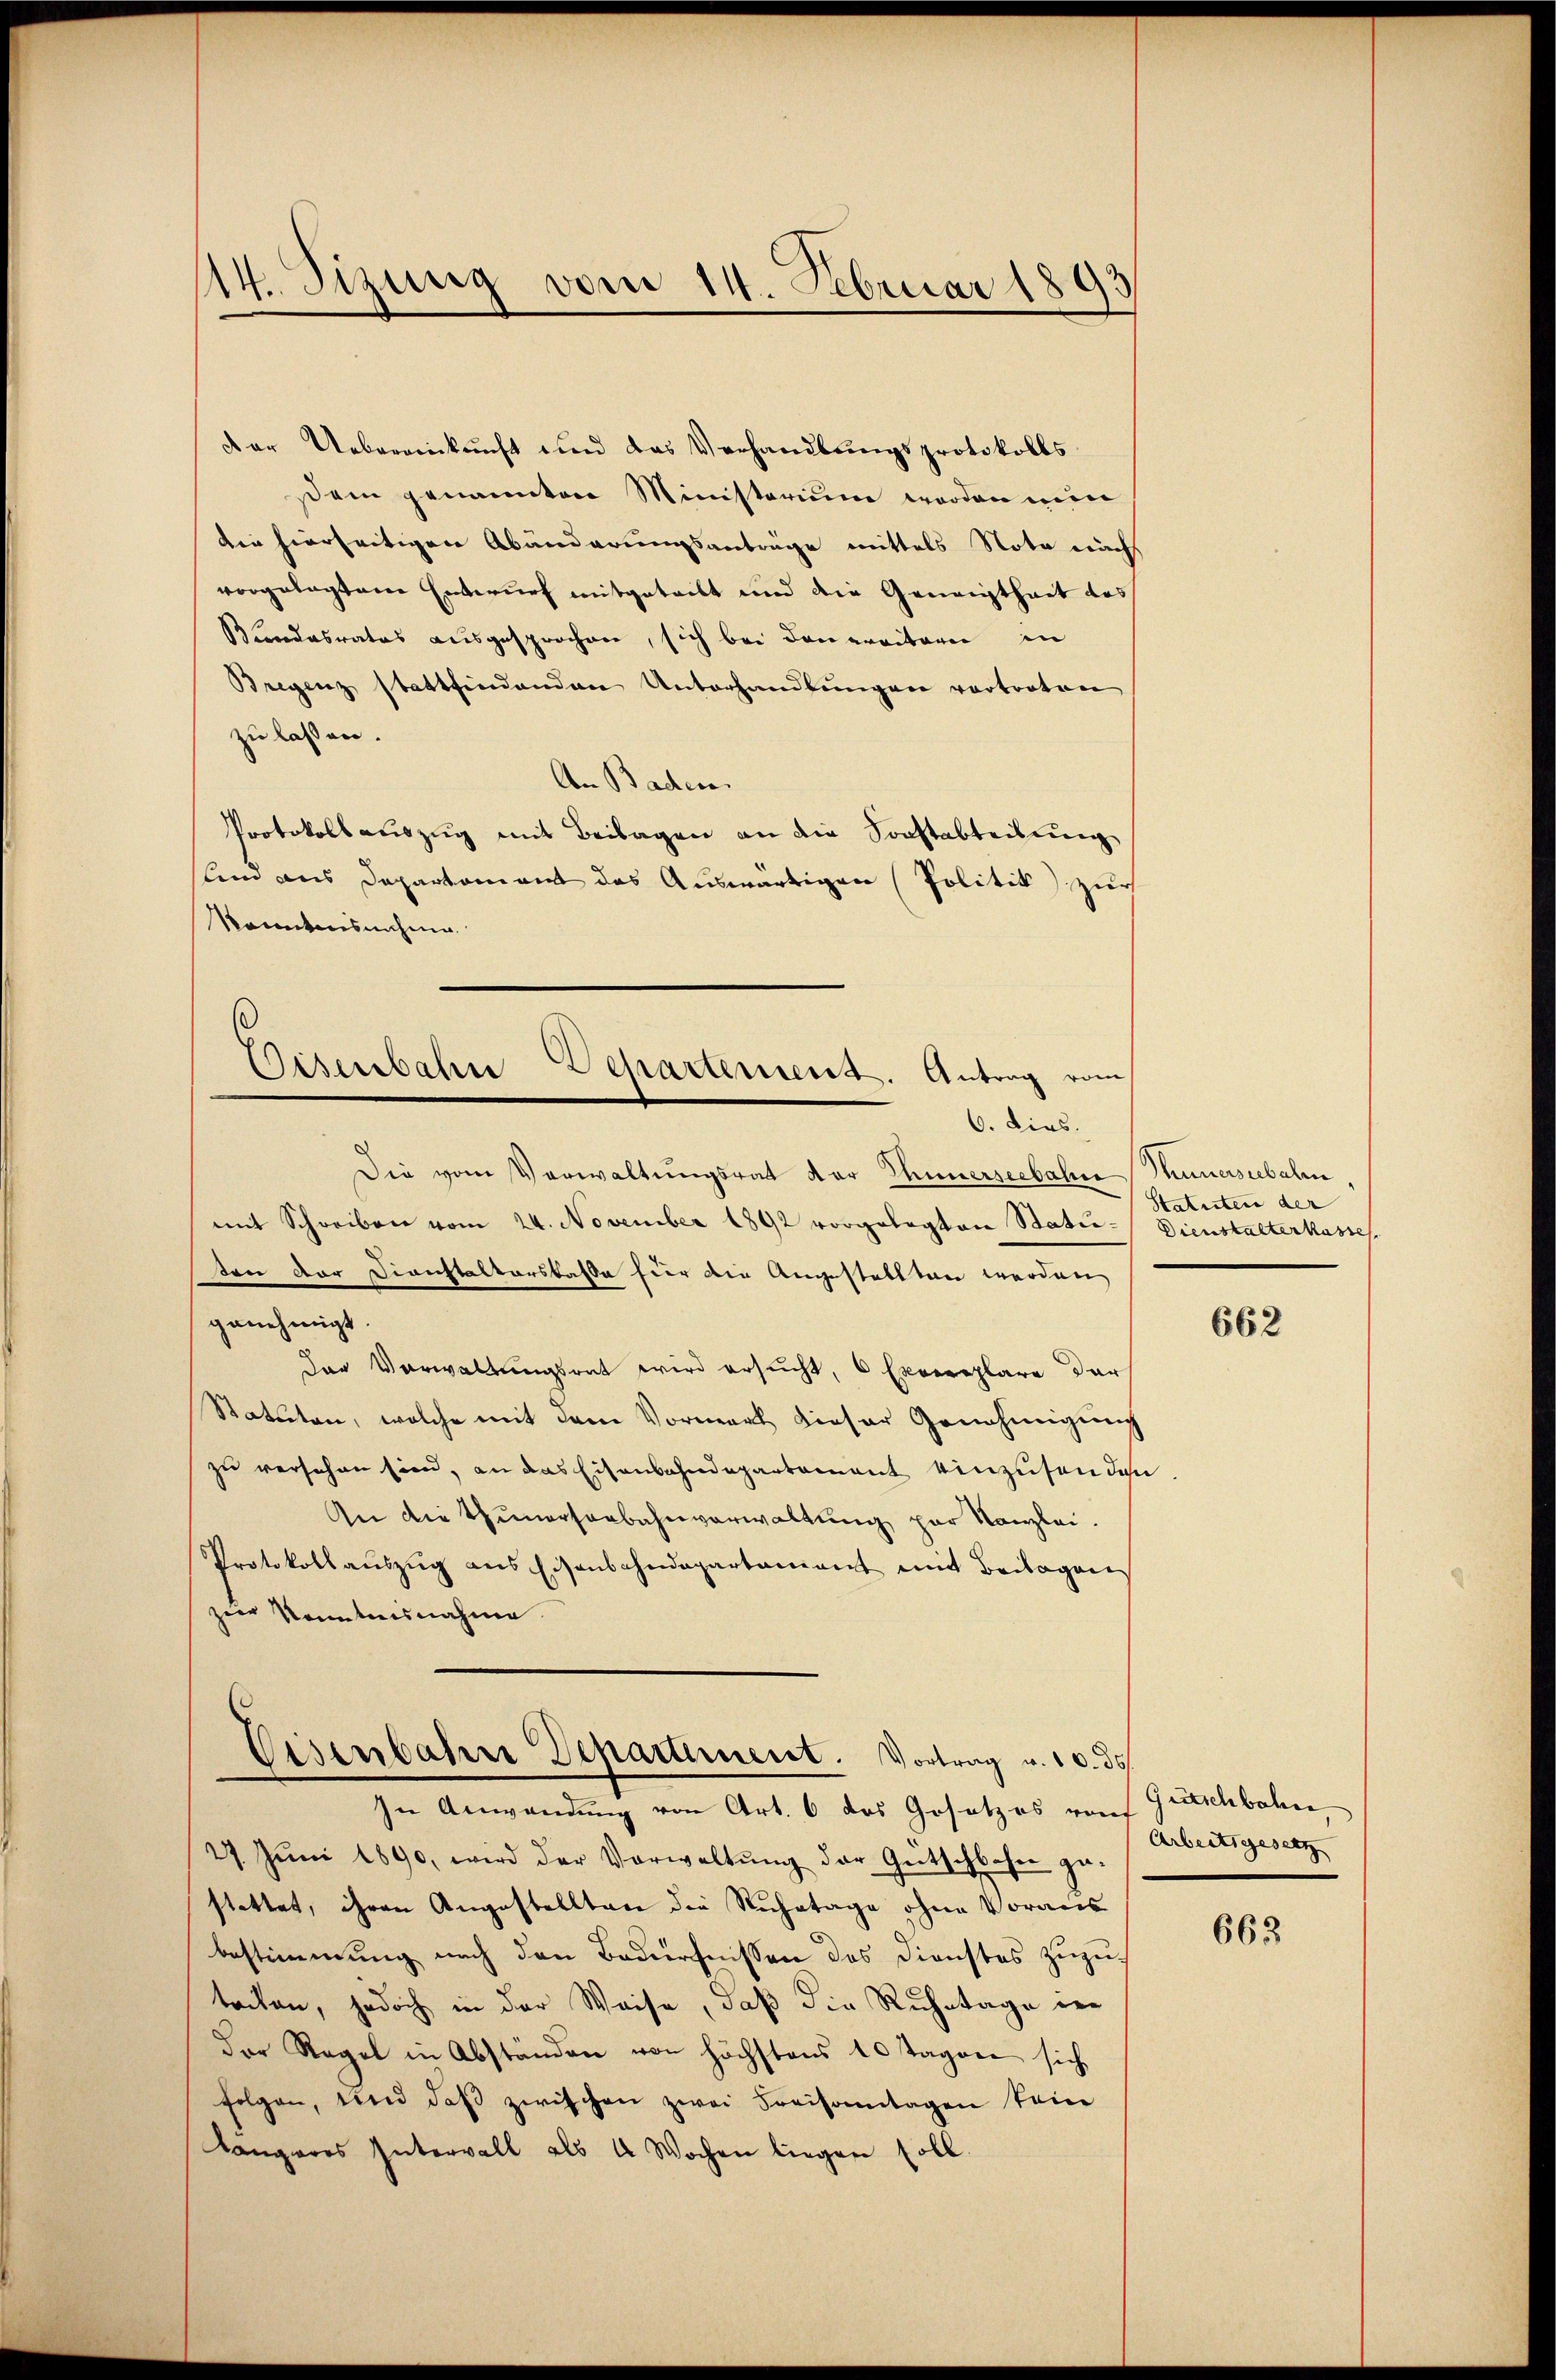
14. Sizung vom 14. Februar 1893

der Uebereinkunft und das Verhandlungsprotokolls
sem genannten Ministerium worden ein
die hierseitigen Abänderungsanträge mittels Nota nach
vorgelegten Entwurf mitgeteilt und die Geneigtheit das
Bundesrates ausgesprochen, sich bei den erritorie in
Bregenz stattfindenden Unterhandlŭngen vertreten
zu lassen.
An Baden.
Protokollauszug mit Beilagen an die Sonstabteilung
lind aus Departement des Auswärtigen Politik zur
konntensnahme

Disenbahne Departement. Antrag vom
6. Dies.

Die vom Vorwaltungsrat der Thunerseebahre Thunerseebalen
mit Schreiben vom 24. November 1892 vorgelegten Stati- Dienstalterkasse
ten der Dirichtalterskasse für die Angestellten werden,
genehmigt.
Der Verwaltungsrat wird ersucht, 6 Exemplare der
Statuten, welche mit dem Vormerk dieser Genehmigung
zu versehen sien, an das Eisenbahndepartement einzusenden
An die Zunersenbahnverwaltung zur Kanzlei.
Protokoll aŭszŭg ans Eisenbahndepartament mit Beilagen
zur Kenntnisnahme
Eisenbahre Departinent. Vortrag u. 10. ds.

In Anwendung von Art. 6 das Gesetzes von
27. Jŭni 1890, wird der Vorwaltŭng der Gütschlafen ge-
stettet, ihren Angestellten die Ruhetage ohne Voraus
bestimmung nach den Bedürfnissen des Dienstes zuzu
tacken, jedoch in der Weise, daß die Ruhetage ver
Der Regel in Abständen von höchstens 10 Tagen sich
folgen, und daβ zwischen zwei Kreisonntagen keine
Cangeres Intervall als 4 Wochen liegen soll.

Statuten der

662

Gütschbahne
Arbeitsgesetz

663